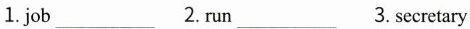
1. job___2. Run___3. Secretary ___